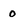
Character: o